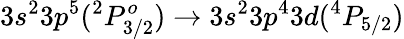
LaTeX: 3s^{2}3p^{5}(^{2}P_{3/2}^{o})\rightarrow 3s^{2}3p^{4}3d(^{4}P_{5/2})